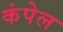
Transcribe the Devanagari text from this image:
कंपेल